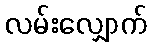
လမ်းလျှောက်